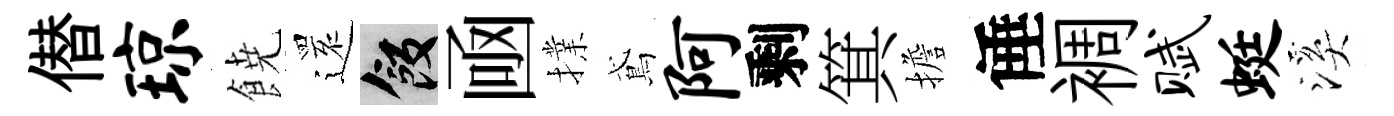
僣琼𩜙𮟃飯凾擈鳶阿剩箕擔倕裯赋蜓溪